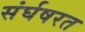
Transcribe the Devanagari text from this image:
संर्घषरत